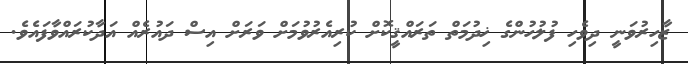
ޒާހިރުވަނީ ދިވެހި ފުލުހުންގެ ޚިދުމަތް ތަރައްޤީކޮށް ކުރިއެރުވުމަށް ވަރަށް އިސް ދައުރެއް އަދާކުރައްވާފައެވެ.